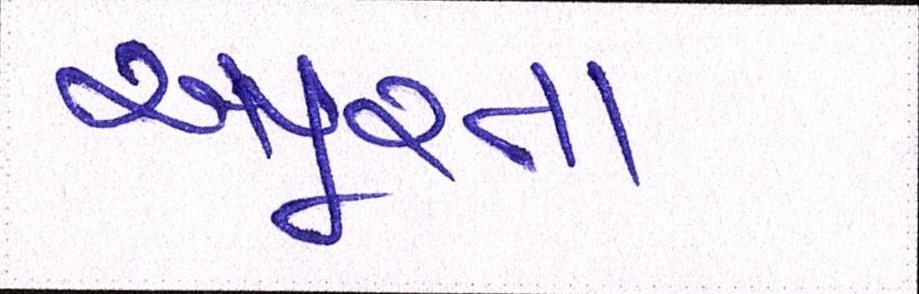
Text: અપૂરતા